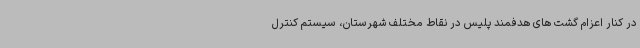
در کنار اعزام گشت های هدفمند پلیس در نقاط مختلف شهرستان، سیستم کنترل